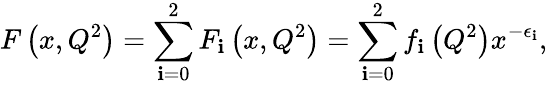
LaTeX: F\left(x,Q^{2}\right)=\sum_{\mathbf{i}=0}^{2}F_{\mathbf{i}}\left(x,Q^{2}\right)=\sum_{\mathbf{i}=0}^{2}f_{\mathbf{i}}\left(Q^{2}\right)x^{-\epsilon_{\mathbf{i}}},